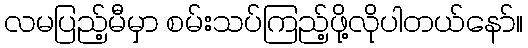
လမပြည့်မီမှာ စမ်းသပ်ကြည့်ဖို့လိုပါတယ်နော်။